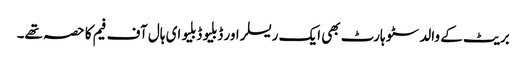
بریٹ کے والد سٹو ہارٹ بھی ایک ریسلر اور ڈبلیو ڈبلیو ای ہال آف فیم کا حصہ تھے۔